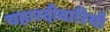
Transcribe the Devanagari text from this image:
चहारदीवारियाँ